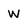
Character: W